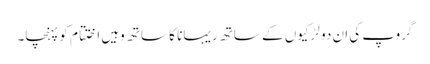
گروپ کی ان دو لڑکیوں کے ساتھ ریہانا کا ساتھ وہیں اختتام کو پہنچا۔